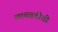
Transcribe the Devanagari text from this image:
लायब्रतीची